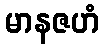
မာနဇဟံ